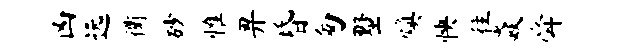
凶远衢砂惟畀昏匆墅焕怏往焱舜